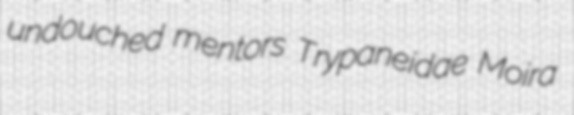
undouched mentors Trypaneidae Moira